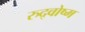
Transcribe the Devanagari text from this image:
रुद्वोष्म